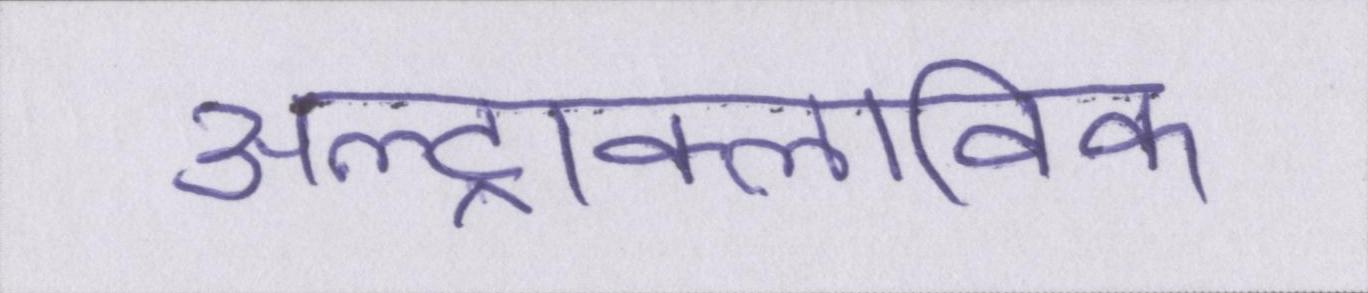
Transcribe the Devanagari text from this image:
अल्ट्राक्लाविक